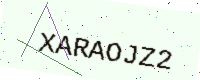
Text: XARAOJZ2